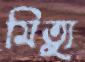
মিত্যু